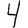
Digit: 4